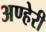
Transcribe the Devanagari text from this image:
अण्हेरी